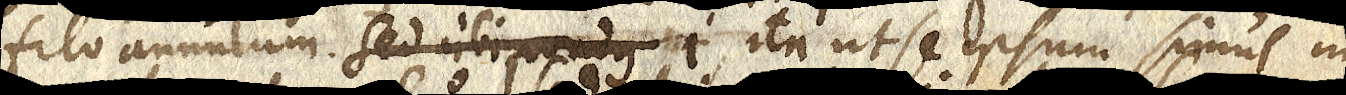
filo annulum. Sed ubi pondus i ita ut se ipsum simul in-